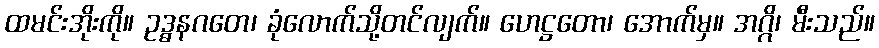
ထမင်းအိုးကို။ ဥဒ္ဓနဂတေ၊ ခုံလောက်သို့တင်လျက်။ ဟေဋ္ဌတော၊ အောက်မှ။ အဂ္ဂိ၊ မီးသည်။